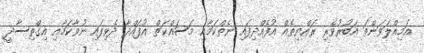
އަމިއްލަވަންތަ އަބުރުވެރި ރައްޔިތެއް އުފެއްދިފައި ނެތްކަމާއި މަސައްކަތް އުފައްދާ ދެވިފައި ނުވާކަމާއި އިގްތިސާދީ